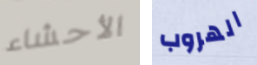
الأحشاء الهروب